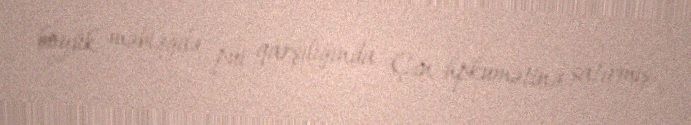
böyük məbləğdə pul qarşılığında Çin hpkumətinə satırmış.